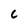
Character: c